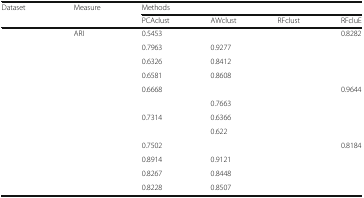
<table><thead><tr><td rowspan="2"><b>Dataset</b></td><td rowspan="2"><b>Measure</b></td><td colspan="4"><b>Methods</b></td></tr><tr><td><b>PCAclust</b></td><td><b>AWclust</b></td><td><b>RFclust</b></td><td><b>RFcluE</b></td></tr></thead><tbody><tr><td rowspan="4">[EMPTY_CELL]</td><td>ARI</td><td>0.5453</td><td>[EMPTY_CELL]</td><td>[EMPTY_CELL]</td><td>0.8282</td></tr><tr><td>[EMPTY_CELL]</td><td>0.7963</td><td>0.9277</td><td>[EMPTY_CELL]</td><td>[EMPTY_CELL]</td></tr><tr><td>[EMPTY_CELL]</td><td>0.6326</td><td>0.8412</td><td>[EMPTY_CELL]</td><td>[EMPTY_CELL]</td></tr><tr><td>[EMPTY_CELL]</td><td>0.6581</td><td>0.8608</td><td>[EMPTY_CELL]</td><td>[EMPTY_CELL]</td></tr><tr><td rowspan="4">[EMPTY_CELL]</td><td>[EMPTY_CELL]</td><td>0.6668</td><td>[EMPTY_CELL]</td><td>[EMPTY_CELL]</td><td>0.9644</td></tr><tr><td>[EMPTY_CELL]</td><td>[EMPTY_CELL]</td><td>0.7663</td><td>[EMPTY_CELL]</td><td>[EMPTY_CELL]</td></tr><tr><td>[EMPTY_CELL]</td><td>0.7314</td><td>0.6366</td><td>[EMPTY_CELL]</td><td>[EMPTY_CELL]</td></tr><tr><td>[EMPTY_CELL]</td><td>[EMPTY_CELL]</td><td>0.622</td><td>[EMPTY_CELL]</td><td>[EMPTY_CELL]</td></tr><tr><td rowspan="4">[EMPTY_CELL]</td><td>[EMPTY_CELL]</td><td>0.7502</td><td>[EMPTY_CELL]</td><td>[EMPTY_CELL]</td><td>0.8184</td></tr><tr><td>[EMPTY_CELL]</td><td>0.8914</td><td>0.9121</td><td>[EMPTY_CELL]</td><td>[EMPTY_CELL]</td></tr><tr><td>[EMPTY_CELL]</td><td>0.8267</td><td>0.8448</td><td>[EMPTY_CELL]</td><td>[EMPTY_CELL]</td></tr><tr><td>[EMPTY_CELL]</td><td>0.8228</td><td>0.8507</td><td>[EMPTY_CELL]</td><td>[EMPTY_CELL]</td></tr></tbody></table>